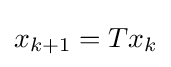
\textstyle x_{k+1}=Tx_{k}